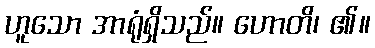
ဟူသော အာရုံရှိသည်။ ဟောတိ၊ ၏။